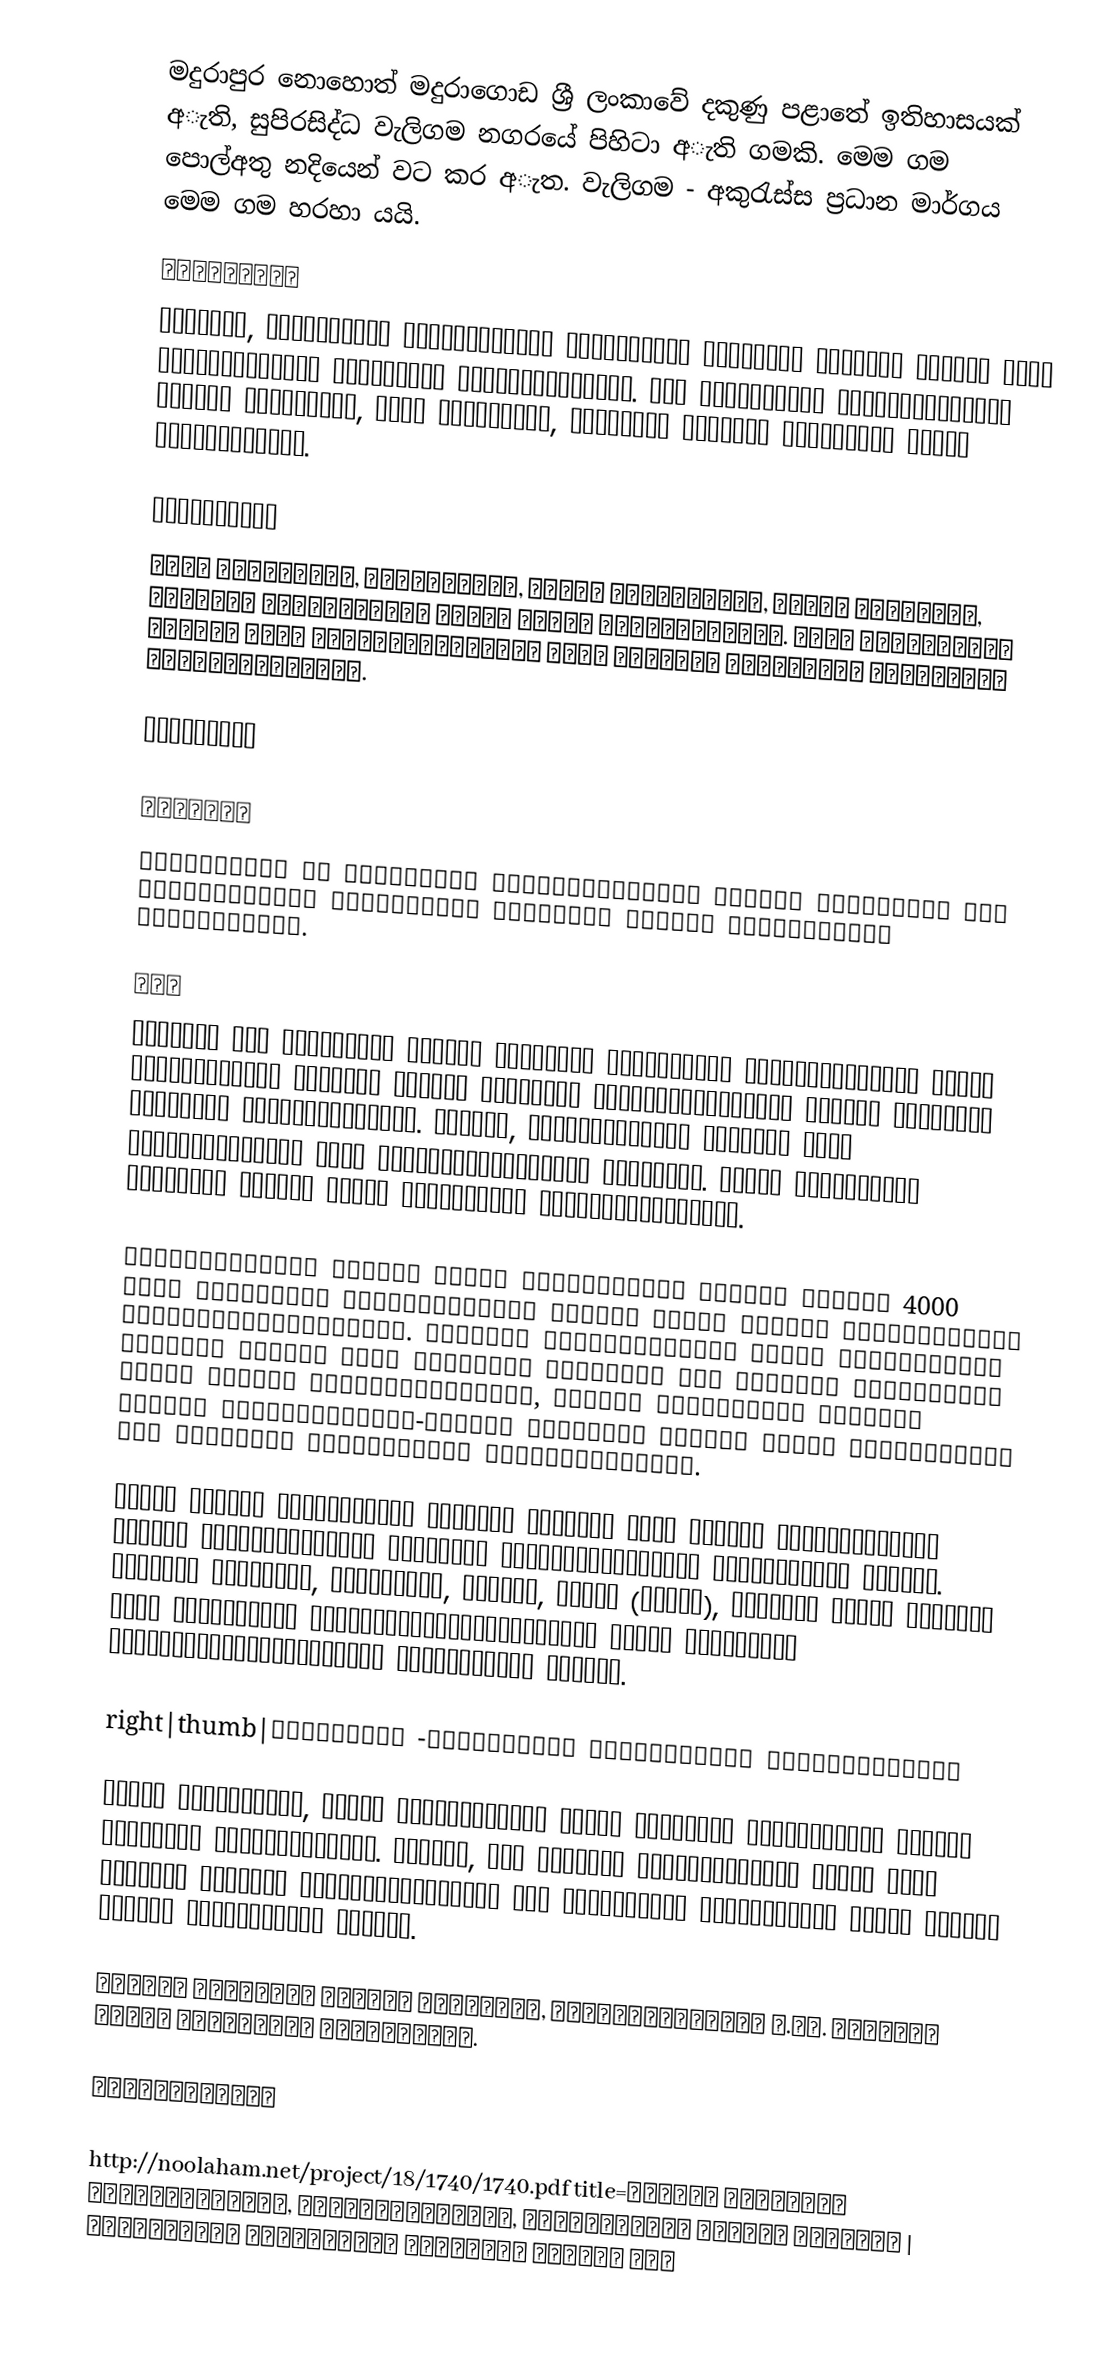
මදුරාපුර නොහොත් මදුරාගොඩ ශ්‍රී ලංකාවේ දකුණු පළාතේ ඉතිහාසයක් අැති, සුපිරසිද්ධ වැලිගම නගරයේ පිහිටා අැති ගමකි. මෙම ගම පොල්අතු නදියෙන් වට කර අැත. වැලිගම - අකුරැස්ස ප්‍රධාන මාර්ගය මෙම ගම හරහා යයි.

தாவரங்கள்
இங்கும், இதனையண்டிய பகுதிகளிலும் இலங்கைக்கே உரித்தான பல்வேறு விதமான தாவர விலங்கினங்கள் ஏராளமாகக் காணப்படுகின்றன. இதர பகுதிகளிற் காண்பதற்கரிதான கின்னை மரங்களும், கிங் மரங்களும், “தயிர்த் தென்னை” மரங்களும் இங்கு நிறைந்துள்ளன.

விலங்குகள்
நீர் நாய்களும், முதலைகளும், பலவித நண்டுகளும், இறால் வகைகளும், ஆற்றுச் சிப்பிகளும் இங்கு காணக் கிடைக்கின்றன. கோடை காலங்களில் அரபிக் கடல் பகுதியிலிருந்து சுறா மீன்கள் பொல்வத்து ஓயாவினுள் ஊடுருவுவதுண்டு.

புவியியல்

காலநிலை
இலங்கையின் ஈர வலயத்தில் அமைந்துள்ளதால் வருடம் முழுவதும் மழை வீழ்ச்சியைப் பெறக்கூடிய இப்பகுதி மிதமான காலநிலையைக் கொண்டுள்ளது.

மண்
மேற்புற மண் முழுவதும் வண்டல் மண்ணாகக் காணப்படும் இக்கிராமத்தில் எங்கு தோண்டினாலும் பல்வேறு விதமான கடல்வாழ் உயிரினங்களினதும் பாறைப் படிவுகளே நிறைந்து காணப்படுகின்றன. இதனால், இப்பகுதியானது ஆதியில் கடல் மட்டத்துக்குக் கீழ் அமைந்திருந்ததெனக் கருதலாம். இங்கு பெறப்படும் நிலத்தடி நீரும் ஓரளவு உவர்ப்புத் தன்மையுள்ளதாகும்.

வெலிப்பிட்டிய பிரதேச செயலக எல்லைக்குள் அமைந்த சுமார் 4000 பேர் வசிக்கும் இக்கிராமமானது இரண்டு கிராம சேவகர் பிரிவுகளாகப் பிரிக்கப்பட்டுள்ளது. தமிழைத் தாய்மொழியாகக் கொண்ட முஸ்லிம்கள் அதிகமாக வாழும் இதன் மதுராகொட பிரிவில் ஒரு ஜும்ஆப் பள்ளிவாசல் உட்பட இரண்டு பள்ளிவாசல்களும், சிங்கள பௌத்தர்கள் அதிகமாக வாழும் தெனிப்பிட்டிய-மேற்கு பிரிவில் இரண்டு பௌத்த விகாரைகளும் ஒரு சிங்களப் பாடசாலையும் காணப்படுகின்றன.

இங்கு பேச்சு வழக்கிலுள்ள தமிழ்ச் சொற்கள் இதனை அண்டிய பகுதிகளிலுள்ள பேச்சு வழக்கிலிருந்து பெரிதும் மாறுபட்டிருப்பது குறிப்பிடத் தக்கது. அவ்வாறே புழக்கடை, தன்னினைவு, குறுணி, பாகம் (தூரம்), பரிகாரி போன்ற சொற்கள் ஏனைய பகுதிகளில் பயன்படுத்தப்படாவிடினும் இங்கு பொதுவாகப் பயன்படுத்தப்படுகின்றமை குறிப்பிடத் தக்கது.

right|thumb|வெலிகாமம் -மதுராப்புர கிராமத்தின் எல்லைப்படம்கு

இங்கு அமைந்துள்ள, கல்வி வளர்ச்சியில் துரித வளர்ச்சி கண்டுவருவது அஸ்ஸபா முஸ்லிம் பாடசாலையாகும். மேலும், சில தனியார் நிறுவனங்களும் இங்கு இலவச கல்விப் பணியில் ஈடுபட்டுள்ளதுடன் ஒரு அஹதிய்யாப் பாடசாலையும் இங்கு இயங்கி வருவது குறிப்பிடத் தக்கது.

இலங்கை முஸ்லிம் ஆசிரிய முன்னோடி, தமிழிற்சூரியன் த.சா. அப்துல் லதீப் இவ்வூரைச் சேர்ந்தவர்.

உசாத்துணைகள்

 http://noolaham.net/project/18/1740/1740.pdf title=இலங்கை முஸ்லிம் எழுத்தாளர்கள், ஊடகவியலாளர்கள், கலைஞர்களின் விபரத் திரட்டு | மதுராப்புர எழுத்தாளர் முஹம்மது பைரூஸ் பற்